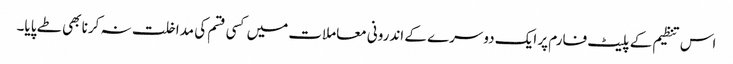
اس تنظیم کے پلیٹ فارم پر ایک دوسرے کے اندرونی معاملات میں کسی قسم کی مداخلت نہ کرنا بھی طے پایا۔